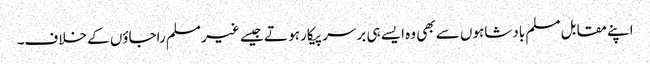
اپنے مقابل مسلم بادشاہوں سے بھی وہ ایسے ہی برسر پیکار ہو تے جیسے غیر مسلم راجاؤں کے خلاف۔